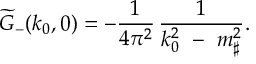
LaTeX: \widetilde { G } _ { - } ( k _ { 0 } , 0 ) = - { \frac { 1 } { 4 \pi ^ { 2 } } } \, { \frac { 1 } { k _ { 0 } ^ { 2 } \ - \ m _ { \sharp } ^ { 2 } } } .